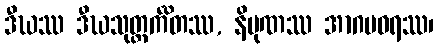
ဒီဃဿ ဒီဃသုတ္တင်္ကိတဿ, နိပုဏဿ အာဂမဝရဿ၊